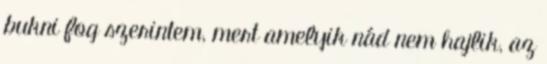
bukni fog szerintem, mert amelyik nád nem hajlik, az